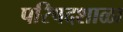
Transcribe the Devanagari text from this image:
परिषदशाळा